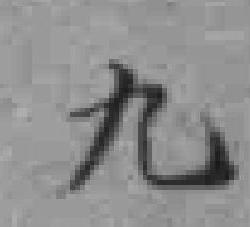
九